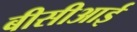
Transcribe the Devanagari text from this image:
बीसीआई